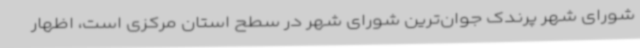
شورای شهر پرندک جوان‌ترین شورای شهر در سطح استان مرکزی است، اظهار